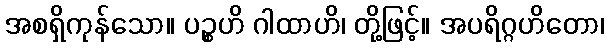
အစရှိကုန်သော။ ပဉ္စဟိ ဂါထာဟိ၊ တို့ဖြင့်။ အပရိဂ္ဂဟိတော၊